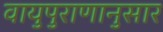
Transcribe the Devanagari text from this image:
वायुपुराणानुसार